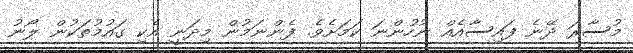
މުސާރަ ދޭނެ ފައިސާއެއް ނުހުންނަ ކަމަށެވެ. ފެންނަމުން މިދަނީ އެކި ގައުމުތަކުން ލޯނު